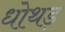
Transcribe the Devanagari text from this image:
धोथड़